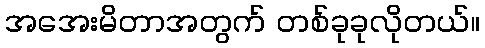
အအေးမိတာအတွက် တစ်ခုခုလိုတယ်။